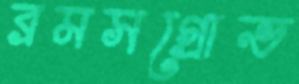
ব্রমসগ্রোভ